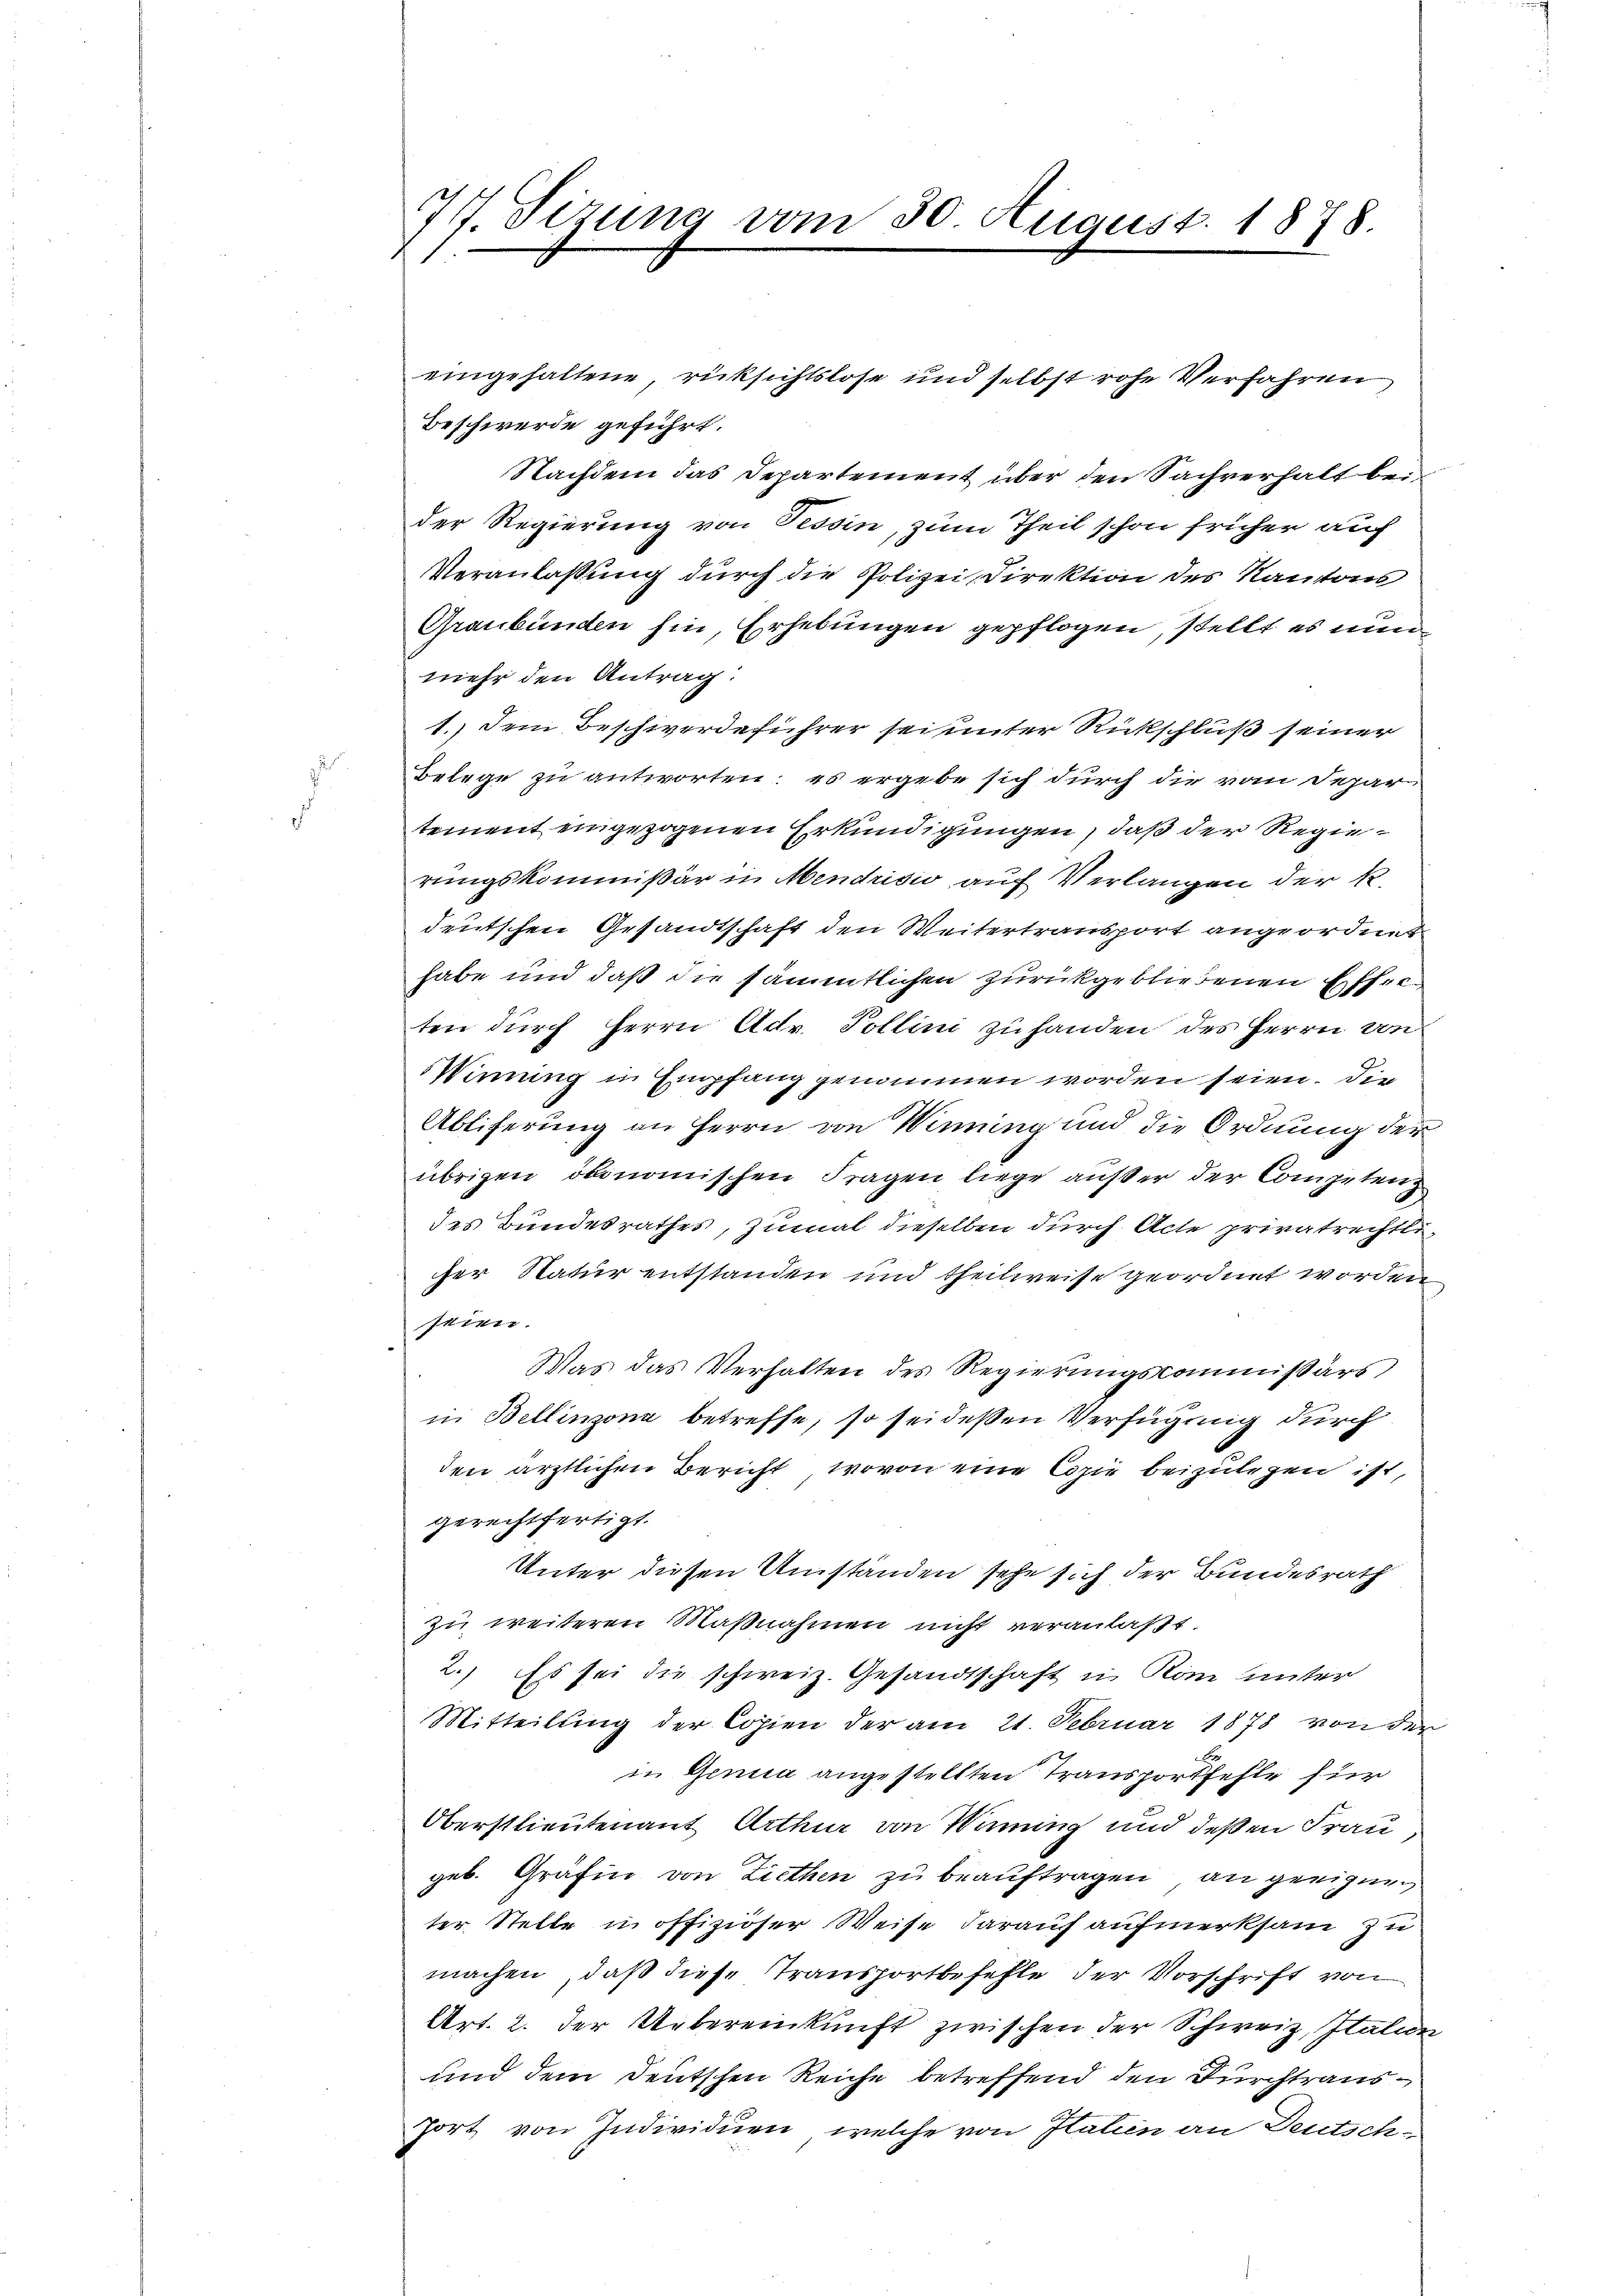
77. Sizung vom 30. August 1878

Beschwerde geführt.
Nachdem das Departement über den Sachverhalt bei
der Regierung von Tessin, zum Theil schon früher auf
Veranlaßung durch die Polizei Direktion des Kantons
Graubünden hin, Erhebungen gepflogen, stellt es nun
mehr den Antrag:
1.) Dem Beschwerdeführer sei unter Rückschluß seiner
Belege zu antworten: es ergebe sich durch die vom Depar
tement eingezogenen Erkundigungen, daß der Regierungskommißär in Mendrisis auf Verlangen der k.
deutschen Gesandtschaft den Weitertransport angeordnet
habe und daß die sämmtlichen zurückgebliebenen Effecten durch Herrn Adv. Pollini zu handen des Herrn von
Wirung in Empfang genommen worden seien. Die
Abliferung an Herrn von Winning und die Ordnung der
übrigen ökonomischen Fragen liege außer der Competenz
des Bundesrathes, zumal dieselben durch Acte privatrechtliher Natur entstanden und theilweise geordnet worden
seien.
Was das Verhalten des Regierungscommißärs,
in Bellinzona betreffe, so sei dessen Verfügung durch
den ärztlichen Bericht, wovon eine Copie beizulegen ist,
gerechtfertigt.
Unter diesen Umständen sehe sich der Bundesrath
zu weiteren Maßnahmen nicht veranlaßt.
2.) Es sei die schweiz. Gesandtschaft in Rom unter
Mitteilung der Copien der am 21. Februar 1878 von der
in Genia angestellten Transportfehle für
Oberstlieutenant Arthur von Winung und deßen Frau,
geb. Gräfin von Ziethen zu beauftragen, an geeigen,
ter Stelle in offiziöser Weise darauf aufmerksam zu
machen, daß diese Transportbefehle der Vorschrift von
Art. 2. der Uebereinkunft zwischen der Schweiz, Italier
und dem Deutschen Reiche betreffend den Durchtraus
fort von Individuen, welche von Italien an Deutsch¬

eingehaltene rücksichtslose und selbst rohe Verfahren